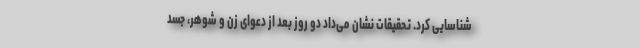
شناسایی کرد. تحقیقات نشان می‌داد دو روز بعد از دعوای زن و شوهر، جسد